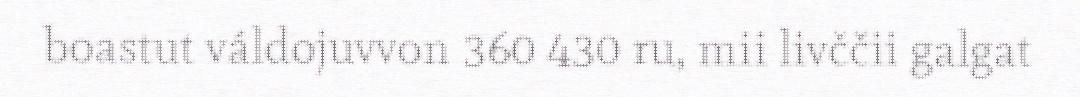
boastut váldojuvvon 360 430 ru, mii livččii galgat